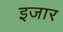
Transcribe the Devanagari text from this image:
इजार